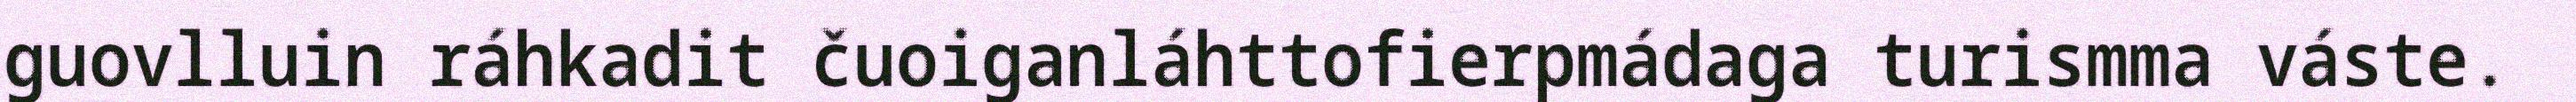
guovlluin ráhkadit čuoiganláhttofierpmádaga turismma váste.